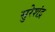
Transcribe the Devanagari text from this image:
सुरेशंद्र